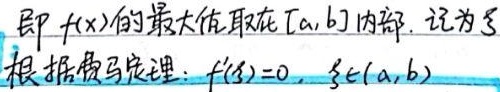
即 \(f(x)\) 的最大值取在 \([a,b]\) 内部，记为 \(\xi\)。根据费马定理：
\[
f'(\xi)=0,\quad \xi\in(a,b)
\]